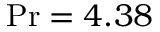
\operatorname* { P r } = 4 . 3 8